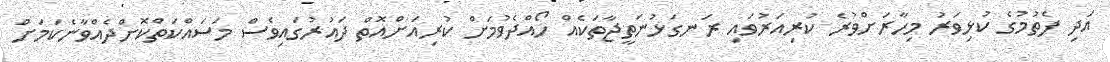
އަދި ފެތުމުގެ ކުޅިވަރު މިހާރަށްވުރެ ކުރިއަރުވައި ރަނގަޅުނަތީޖާތަކެއް ހޯއްދެވުމަށް ކުރިއަށްއޮތް ދައުރުގައިވެސް މަސައްކަތްކޮށްދެއްވާނެކަމަށް